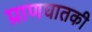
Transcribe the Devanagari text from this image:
प्राणघातकी